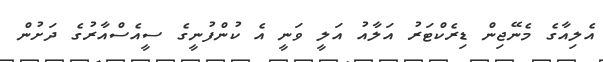
އެލިއާގެ މެނޭޖިން ޑިރެކްޓަރު އަލާއު އަލީ ވަނީ އެ ކުންފުނީގެ ސީއެސްއާރުގެ ދަށުން